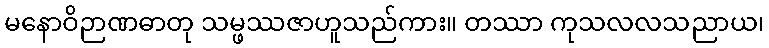
မနောဝိဉာဏဓာတု သမ္ဖဿဇာဟူသည်ကား။ တဿာ ကုသလလသညာယ၊